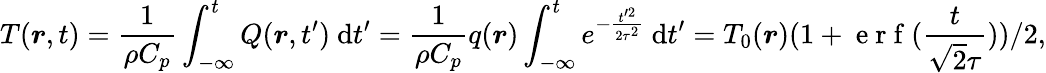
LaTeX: T(\boldsymbol{r},t)=\frac{1}{\rho C_{p}}\int_{-\infty}^{t}Q(\boldsymbol{r},t^{\prime})\mathrm{~d}t^{\prime}=\frac{1}{\rho C_{p}}q(\boldsymbol{r})\int_{-\infty}^{t}e^{-\frac{t^{\prime 2}}{2\tau^{2}}}\mathrm{~d}t^{\prime}=T_{0}(\boldsymbol{r})(1+\mathrm{~e~r~f~}(\frac{t}{\sqrt{2}\tau}))/2,